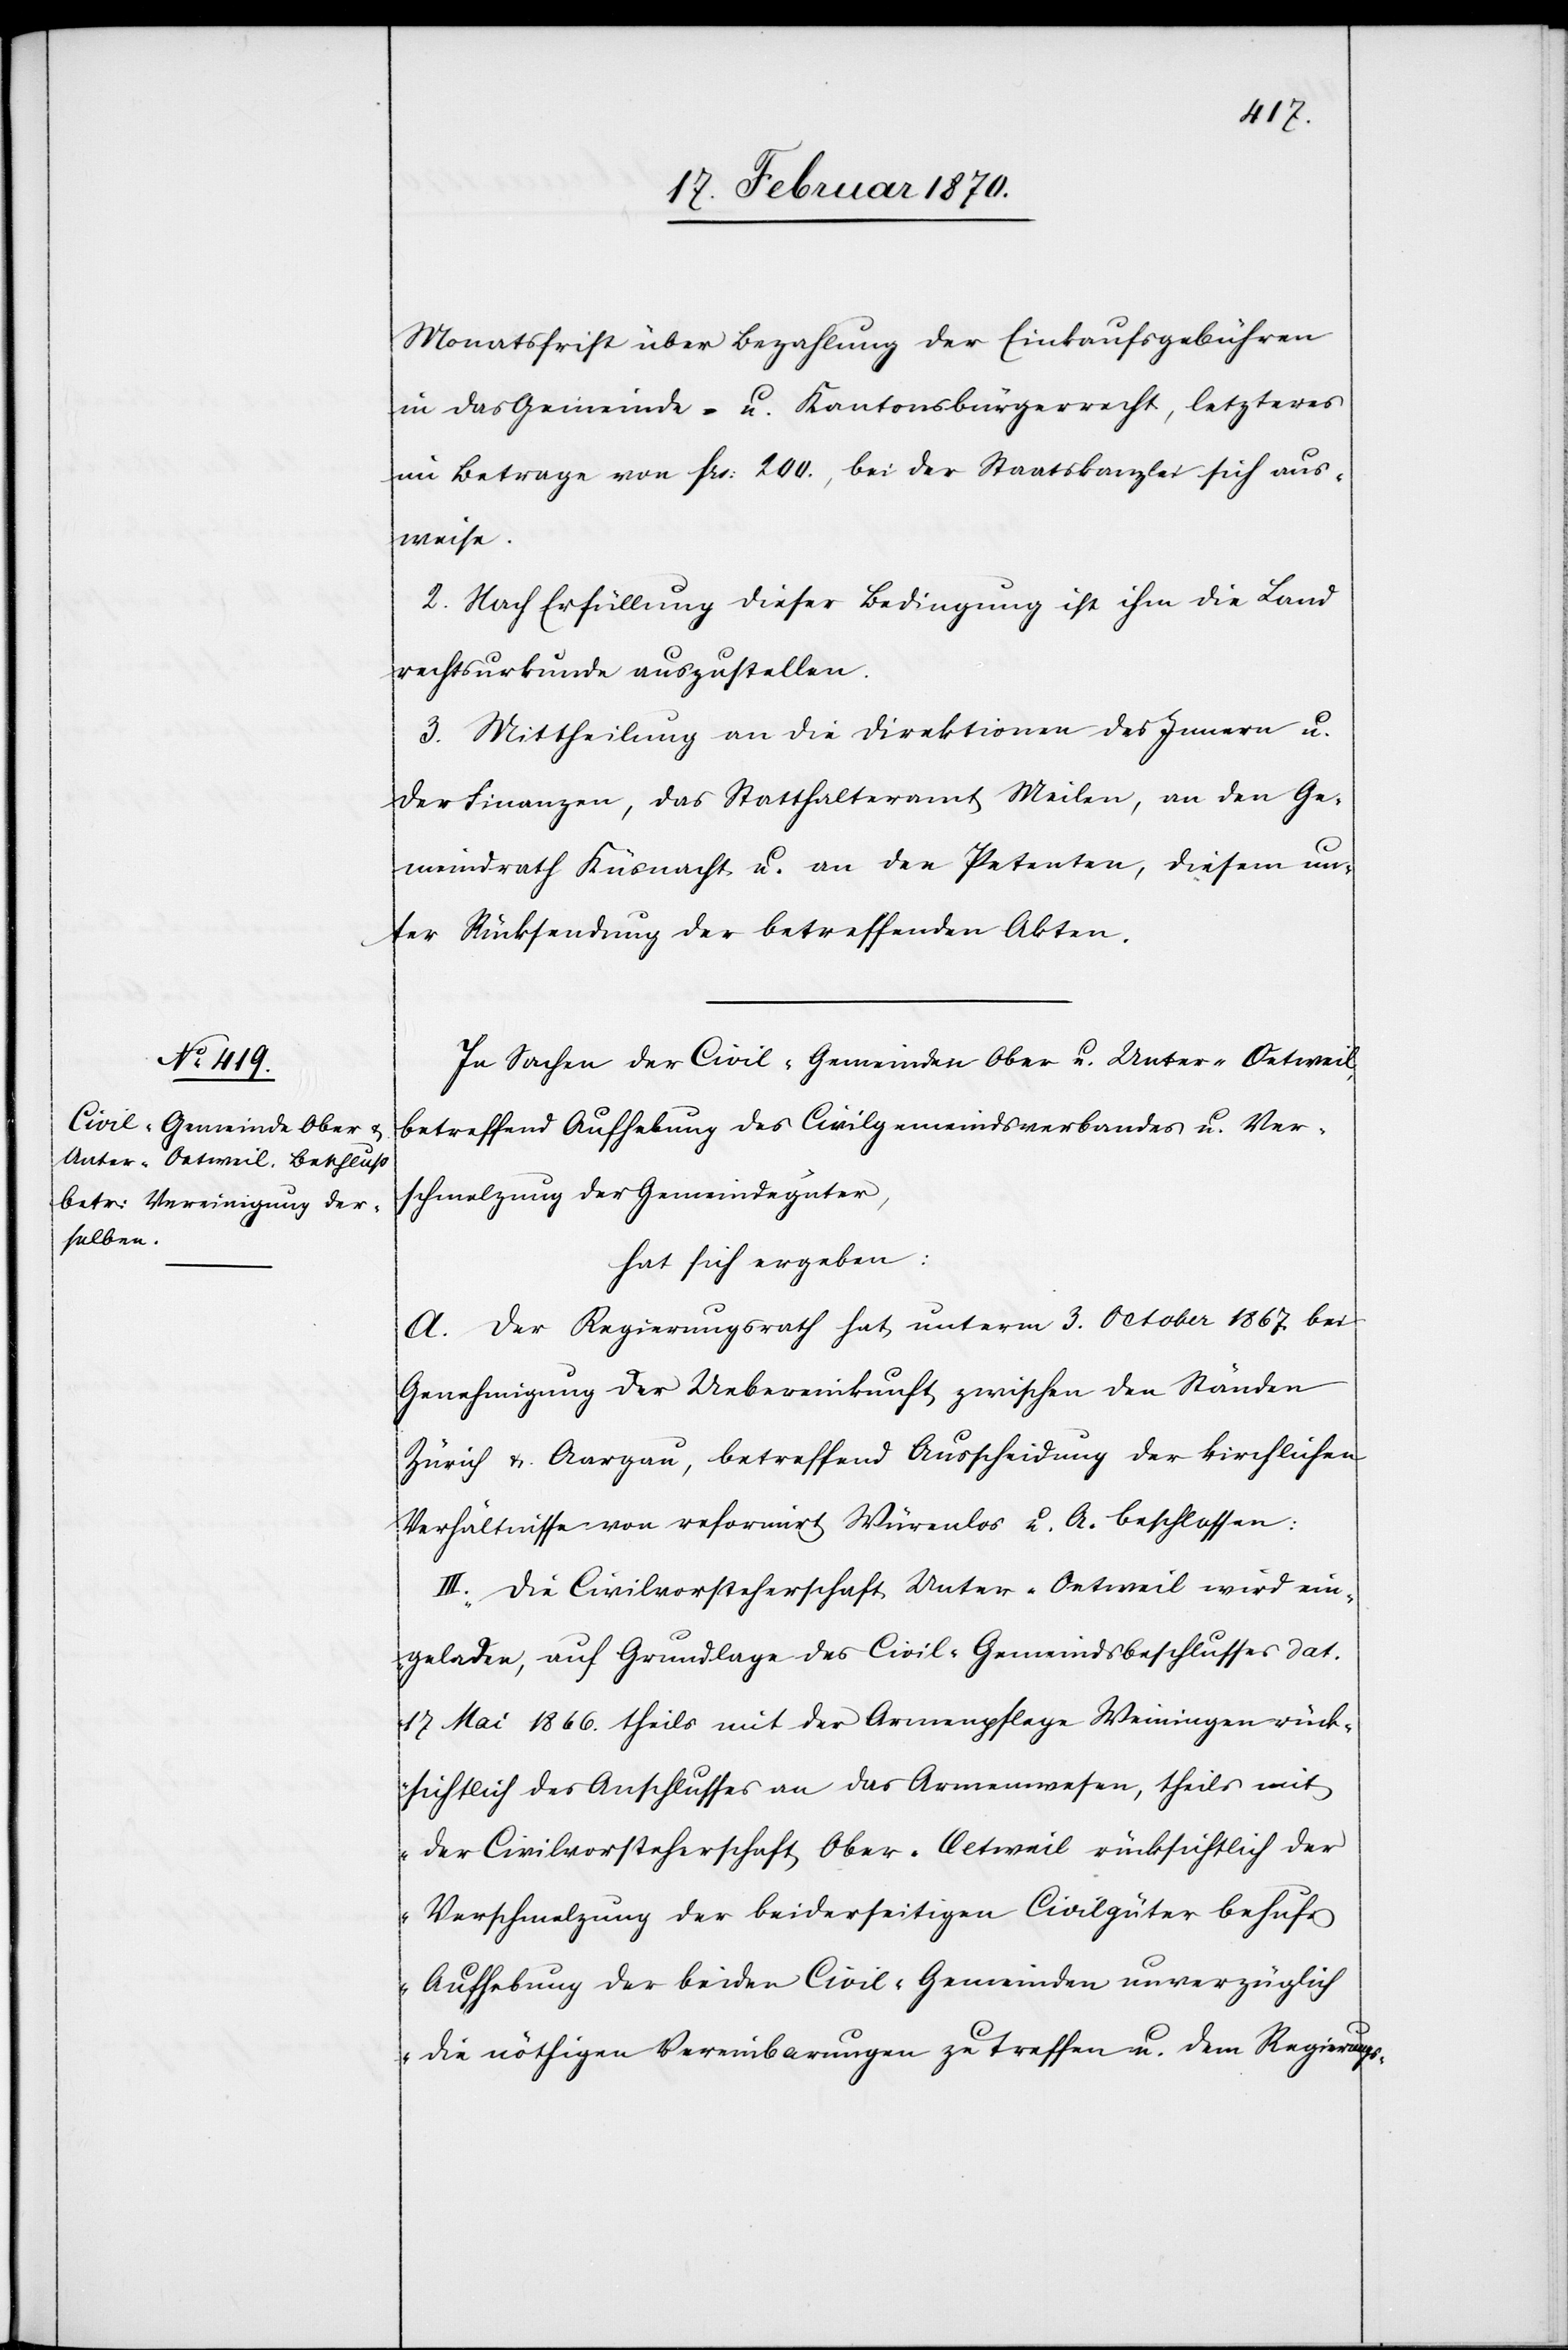
Monatsfrist über Bezahlung der Einkaufsgebühren
in das Gemeinde- u. Kantonsbürgerrecht, letzteres
im Betrage von frs. 200., bei der Staatskanzlei sich aus¬
weise.
2. Nach Erfüllung dieser Bedingung ist ihm die Land¬
rechtsurkunde auszustellen.
3. Mittheilung an die Direktionen des Innern u.
der Finanzen, das Statthalteramt Meilen, an den Ge¬
meindrath Küsnacht u. an den Petenten, diesem un¬
ter Rücksendung der betreffenden Akten.
In Sachen der Civil-Gemeinde Ober[-] u. Unter-Oetweil,
betreffend Aufhebung des Civilgemeindsverbandes u. Ver¬
schmelzung der Gemeindegüter,
hat sich ergeben:
A. Der Regierungsrath hat unterm 3. October 1867. bei
Genehmigung der Uebereinkunft zwischen den Ständen
Zürich u. Aargau, betreffend Ausscheidung der kirchlichen
Verhältnisse von reformirt Würenlos u. A. beschlossen:
III. „Die Civilvorsteherschaft Unter-Oetweil wird ein¬
geladen, auf Grundlage des Civil-Gemeindsbeschlusses dat.
17 Mai 1866. theils mit der Armenpflege Weiningen rück¬
sichtlich des Anschlusses an das Armenwesen, theils mit
der Civilvorsteherschaft Ober-Oetweil rücksichtlich der
Verschmelzung der beiderseitigen Civilgüter behufs
Aufhebung der beiden Civil-Gemeinden unverzüglich
die nöthigen Vereinbarungen zu treffen u. dem Regierungs-